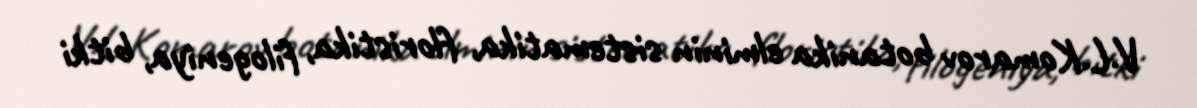
V.L.Komarov botanika elminin sistematika, floristika, filogeniya, bitki